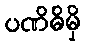
ပဏိဓိမှိ